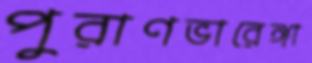
পুরাণভারেঙ্গা